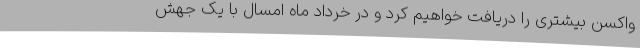
واکسن بیشتری را دریافت خواهیم کرد و در خرداد ماه امسال با یک جهش